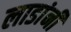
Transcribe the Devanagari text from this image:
लाडांनी